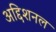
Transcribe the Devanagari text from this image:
अद्दिशनल